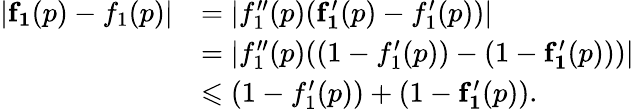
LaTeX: \begin{array}{rl}{\vert\mathbf{f_{1}}(p)-f_{1}(p)\vert}&{=\vert f_{1}^{\prime\prime}(p)(\mathbf{f_{1}^{\prime}}(p)-f_{1}^{\prime}(p))\vert}\\ &{=\vert f_{1}^{\prime\prime}(p)((1-f_{1}^{\prime}(p))-(1-\mathbf{f_{1}^{\prime}}(p)))\vert}\\ &{\leqslant(1-f_{1}^{\prime}(p))+(1-\mathbf{f_{1}^{\prime}}(p)).}\end{array}